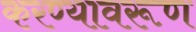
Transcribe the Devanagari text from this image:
करण्यावरूण